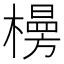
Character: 𪴂